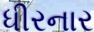
ધીરનાર